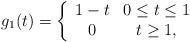
LaTeX: \begin{align*}g_1(t)=\left\{\begin{array}{cc}1-t& 0\leq t\leq 1\\0 & t\geq 1,\end{array}\right.\end{align*}